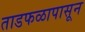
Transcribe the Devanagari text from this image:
ताडफळापासून